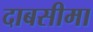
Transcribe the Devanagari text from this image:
दाबसीमा